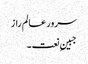
سرور عالم راز
جبینِ نعت ۔